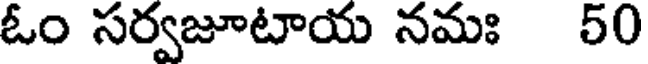
ఓం సర్వజూటాయ నమః 50